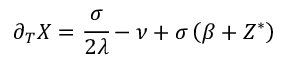
\partial _ { T } X = \cfrac { \sigma } { 2 \lambda } - \nu + \sigma \left( \beta + Z ^ { * } \right)